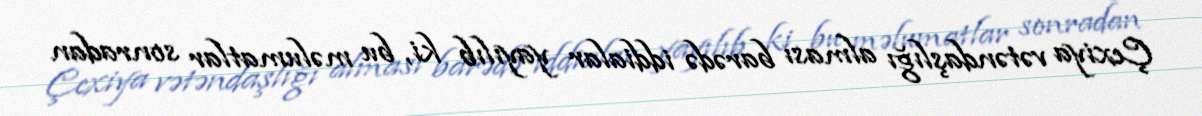
Çexiya vətəndaşlığı alması barədə iddialar yayılıb ki, bu məlumatlar sonradan